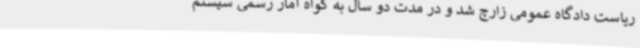
ریاست دادگاه عمومی زارچ شد و در مدت دو سال به گواه آمار رسمی سیستم